Vana-Vandra_vallavalitsus, lk 45
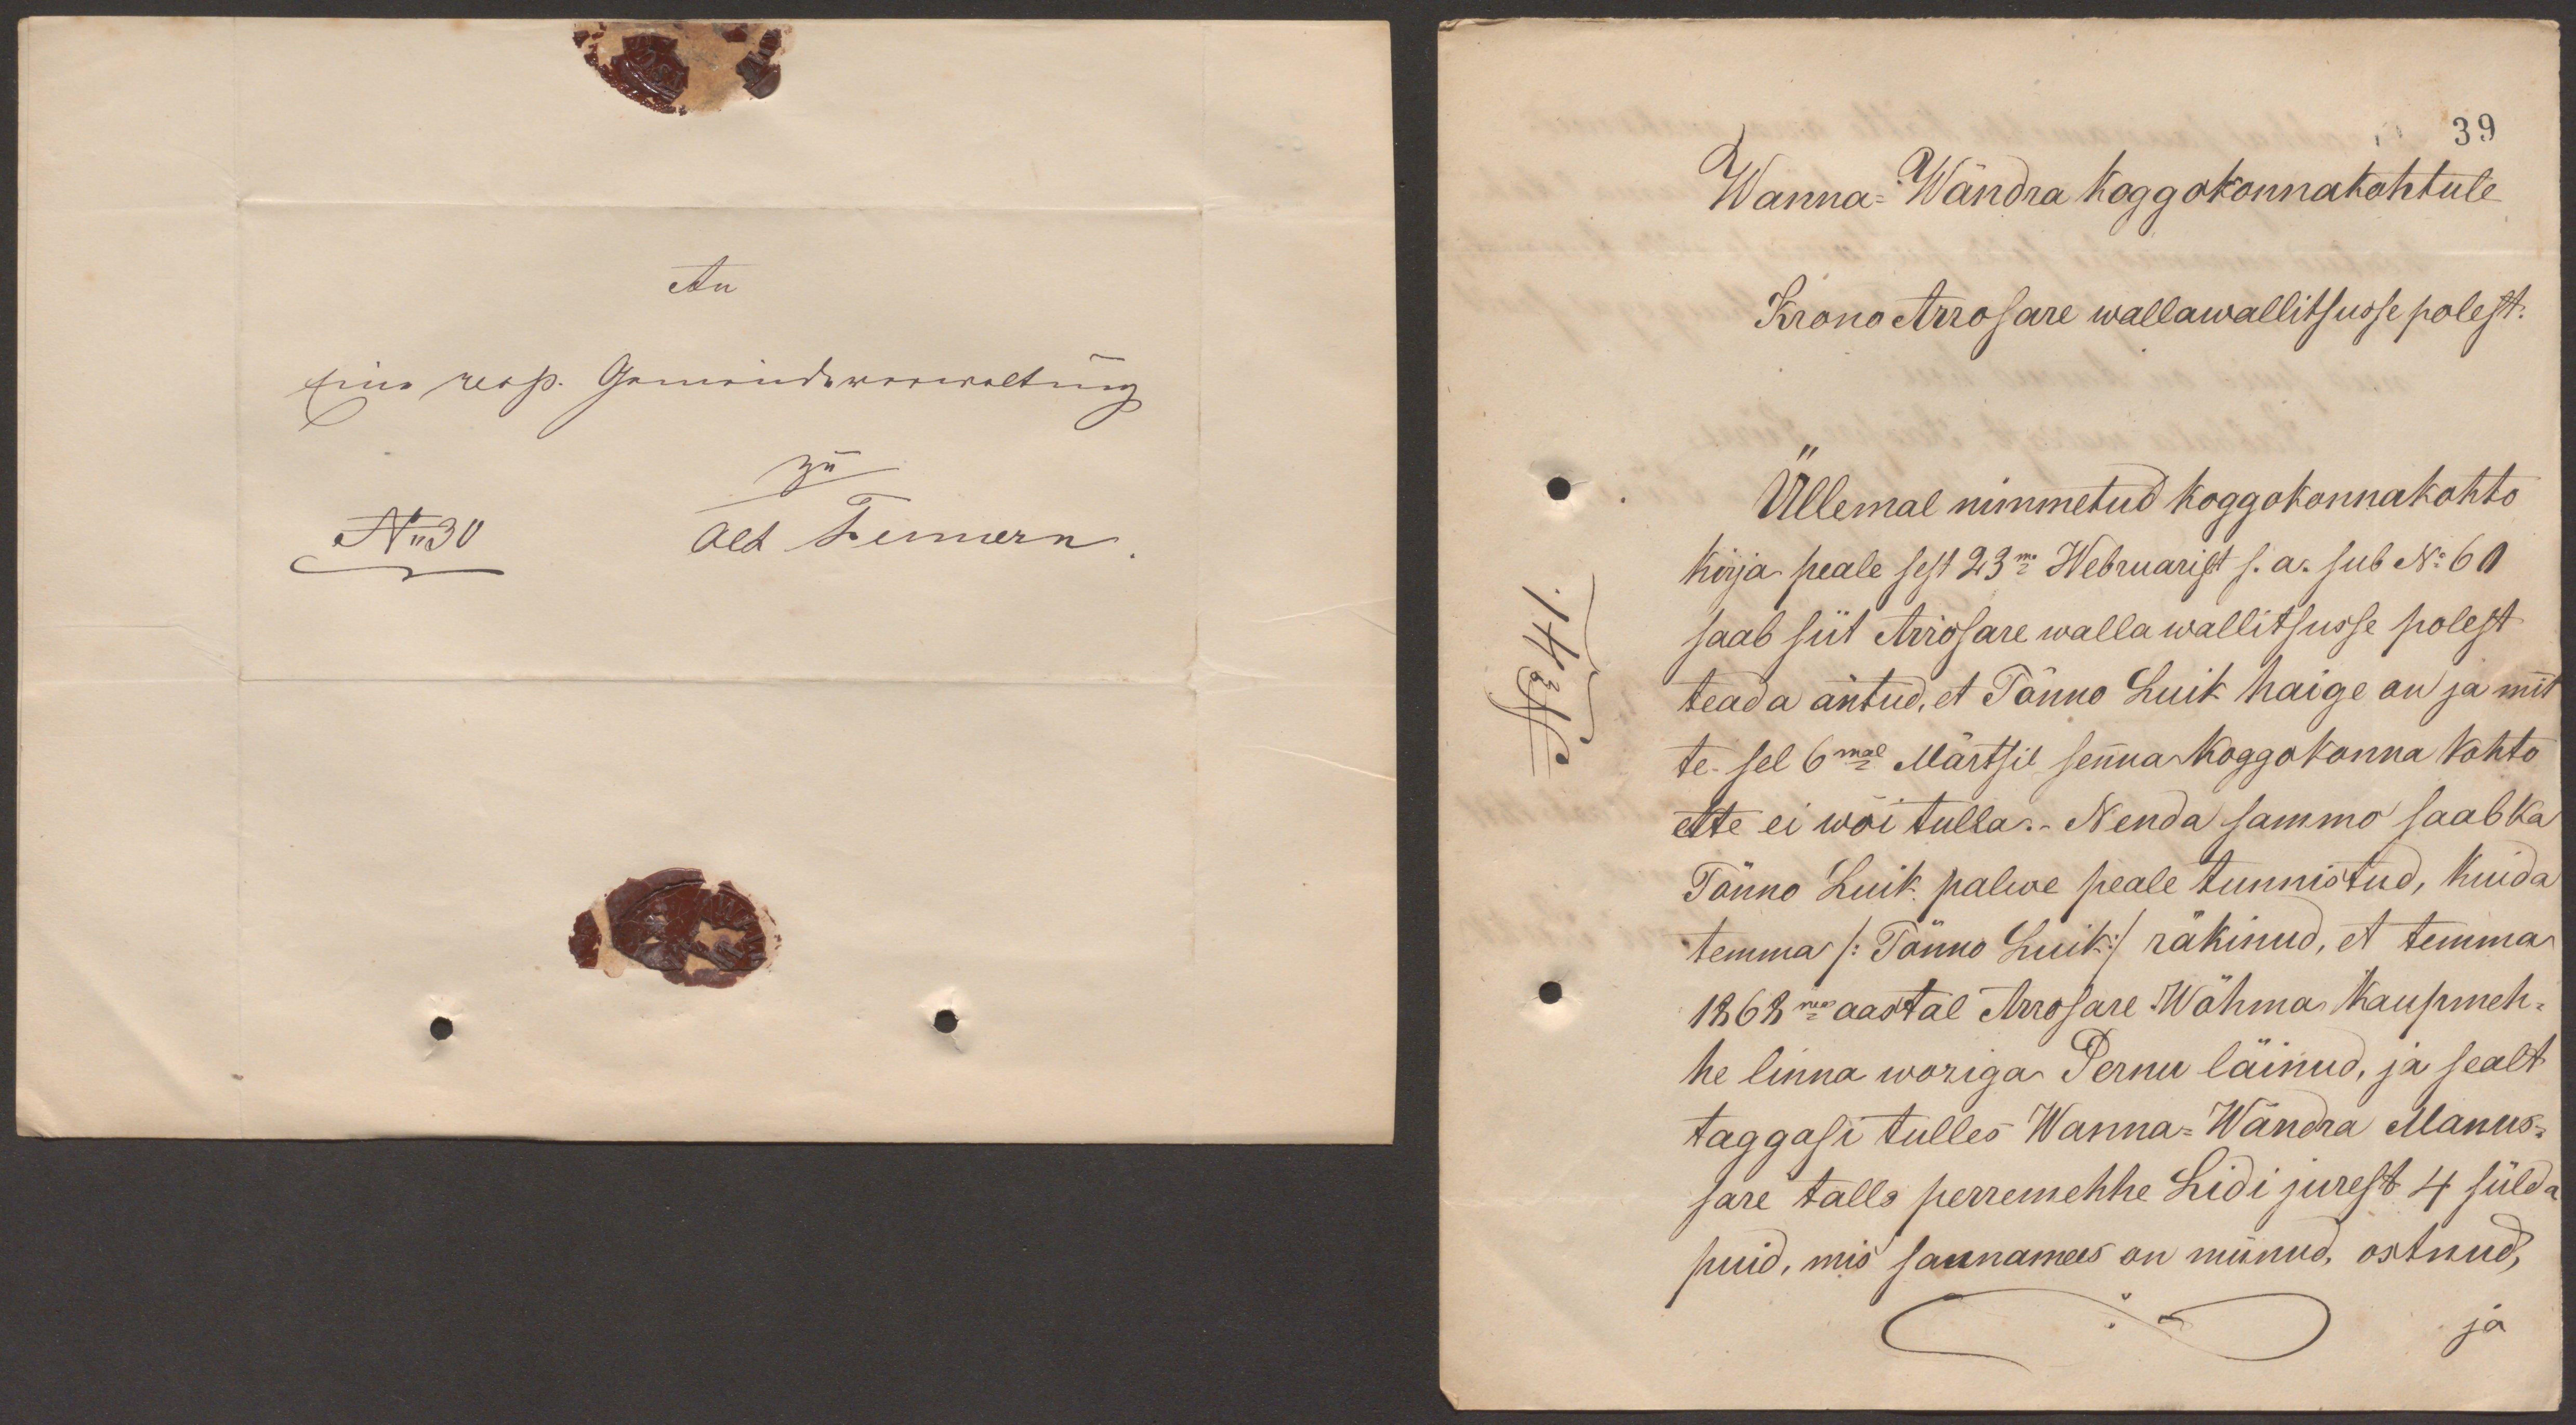
39
Wanna-Wändra koggokonnakohtule
Krono Arrosare wallawallitsusse polest.
Üllemal nimmetud koggokonnakohto
kirja-peale sest 23ma Webruarist s.a. sub No 60
saab siit Arrosare walla wallitsusse polest
teada antud, et Tõnno Luik haige on ja mit
te sel 6mal Märtsil senna Koggokonna kohto
ette ei wõi tulla.- Nenda sammo saab ka
Tõnno Luik palwe peale tunnistud, kuida
temma /Tõnno Luik/ räkinud, et temma
1868ma aastal Arrosare Wõhma kaupmeh-
he linna woriga Pernu läinud, ja sealt
taggasi tulles Wanna-Wändra Manus-
sare tallo perremehhe Lidi jurest 4 sülda
puid, mis saunamees on münud, ostnud,
ja